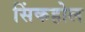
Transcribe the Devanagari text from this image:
सिंकहोल